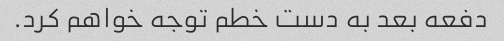
دفعه بعد به دست خطم توجه خواهم کرد.